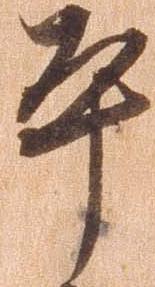
平